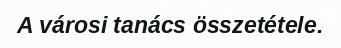
A városi tanács összetétele.